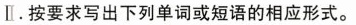
Ⅱ。按要求写出下列单词或短语的相应形式。